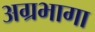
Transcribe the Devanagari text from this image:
अग्रभागा